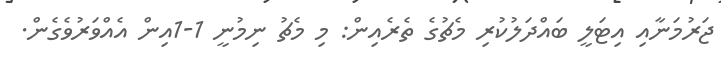
ޖަރުމަނާއި އިޓަލީ ބައްދަލުކުރި މެޗުގެ ތެރެއިން: މި މެޗު ނިމުނީ 1-1އިން އެއްވަރުވެގެން.